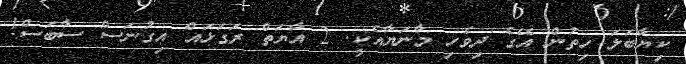
ކިޔާބަލަ ހިތުން އޭގެ ދިވެހި މާނަޔާއެކީ. 2 އާޔަތް ރަގަޅައް އިގުނަސް ސާބަސް!